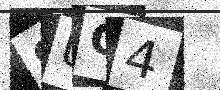
Text: SUQ4